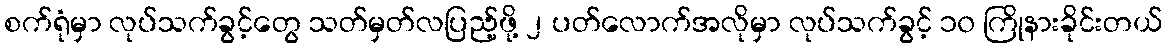
စက်ရုံမှာ လုပ်သက်ခွင့်တွေ သတ်မှတ်လပြည့်ဖို့ ၂ ပတ်လောက်အလိုမှာ လုပ်သက်ခွင့် ၁၀ ကြိုနားခိုင်းတယ်